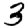
Digit: 3